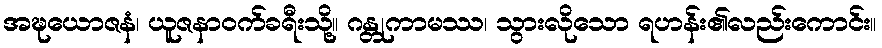
အဍ္ဎယောဇနံ၊ ယူဇနာဝက်ခရီးသို့။ ဂန္တုကာမဿ၊ သွားလိုသော ရဟန်း၏လည်းကောင်း။